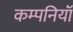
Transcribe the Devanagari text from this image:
कम्पनियॉं